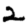
Digit: 2